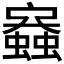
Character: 𧒟